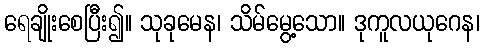
ရေချိုးစေပြီး၍။ သုခုမေန၊ သိမ်မွေ့သော။ ဒုကူလယုဂေန၊